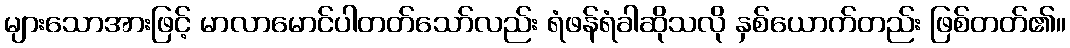
များသောအားဖြင့် မာလာမောင်ပါတတ်သော်လည်း ရံဖန်ရံခါဆိုသလို နှစ်ယောက်တည်း ဖြစ်တတ်၏။